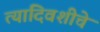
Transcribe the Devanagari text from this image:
त्यादिवशीचे